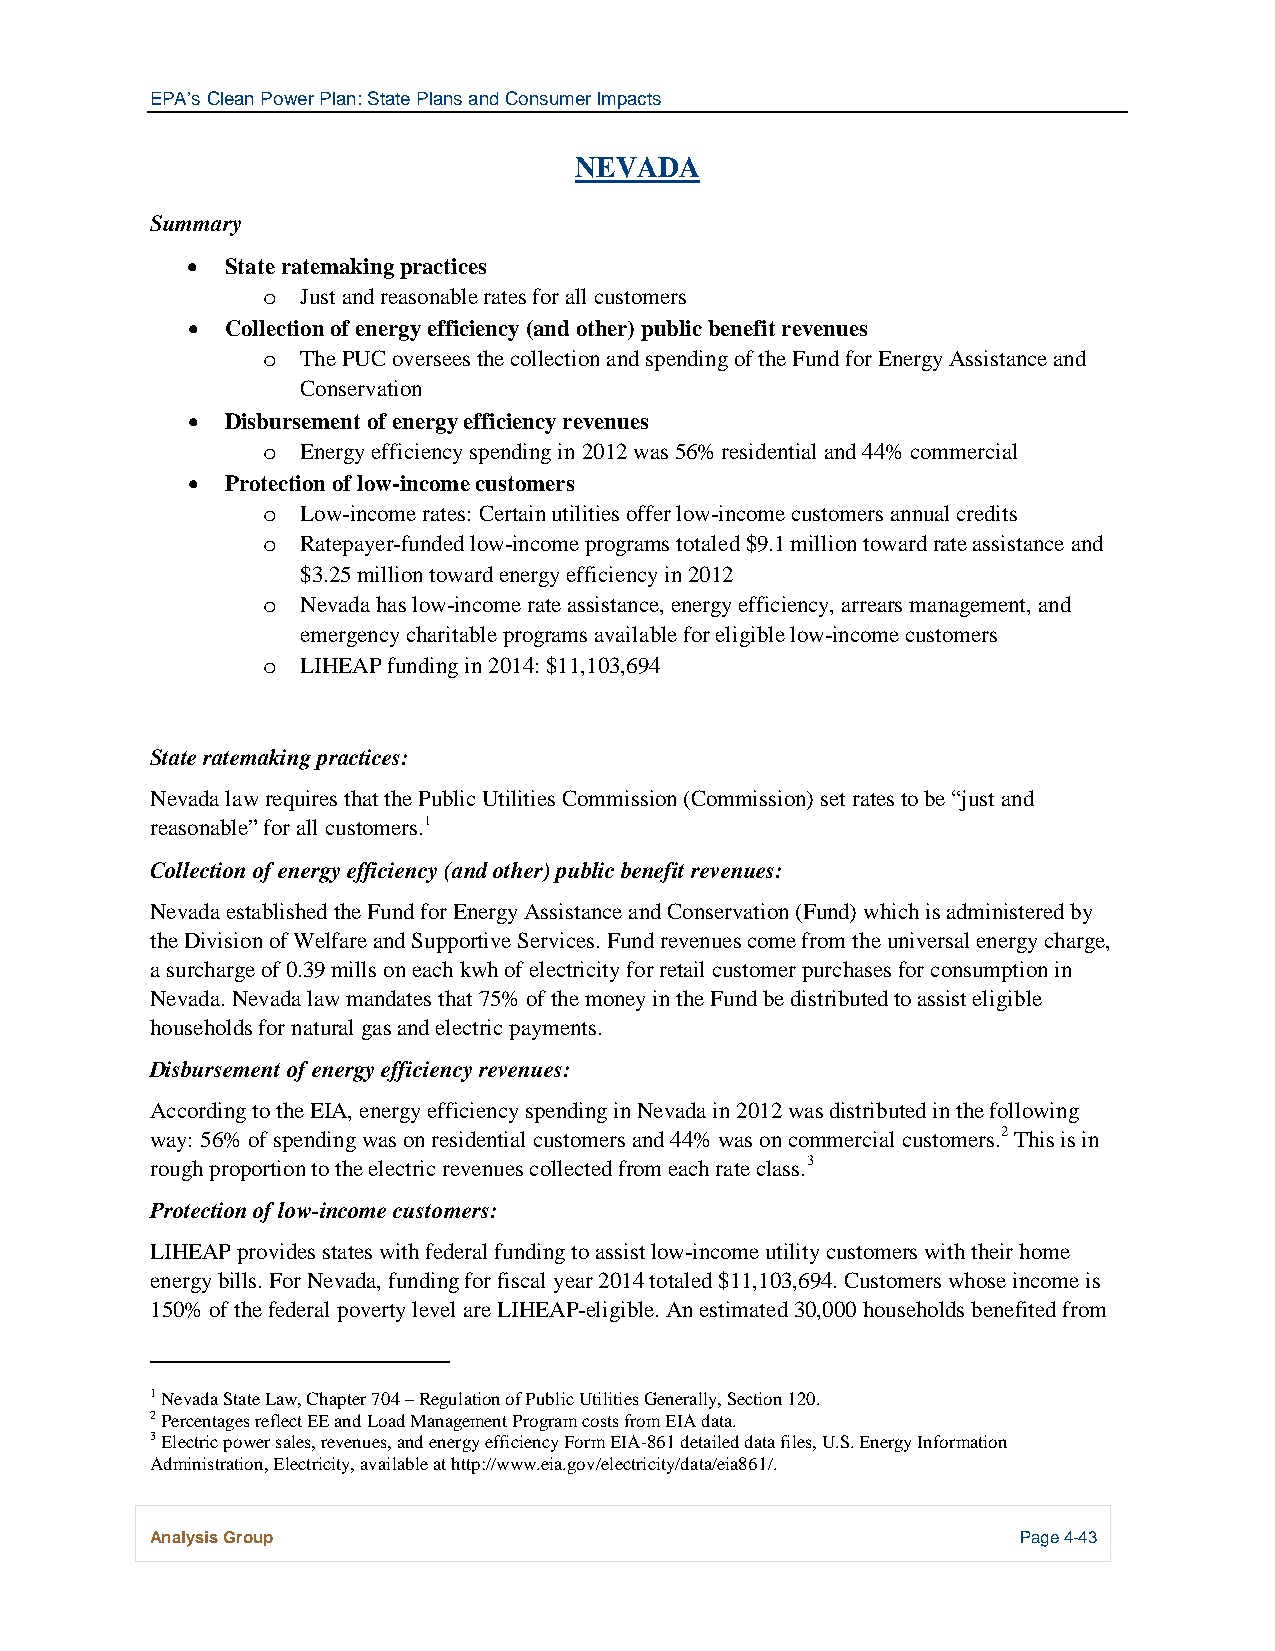
EPA’s Clean Power Plan: State Plans and Consumer Impacts
 NEVADA
 Summary
 •  State ratemaking practices
 Just and reasonable rates for all customers
 o
 •  Collection of energy efficiency (and other) public benefit revenues
 The PUC oversees the collection and spending of the Fund for Energy Assistance and
 o
 Conservation
 •  Disbursement of energy efficiency revenues
 Energy efficiency spending in 2012 was 56% residential and 44% commercial
 o
 •  Protection of low-income customers
 Low-income rates: Certain utilities offer low-income customers annual credits
 o
 Ratepayer-funded low-income programs totaled $9.1 million toward rate assistance and
 o
 $3.25 million toward energy efficiency in 2012
 Nevada has low-income rate assistance, energy efficiency, arrears management, and
 o
 emergency charitable programs available for eligible low-income customers
 LIHEAP funding in 2014: $11,103,694
 o
 State ratemaking practices:
 Nevada law requires that the Public Utilities Commission (Commission) set rates to be “just and
 reasonable” for all customers.1
 Collection of energy efficiency (and other) public benefit revenues:
 Nevada established the Fund for Energy Assistance and Conservation (Fund) which is administered by
 the Division of Welfare and Supportive Services. Fund revenues come from the universal energy charge,
 a surcharge of 0.39 mills on each kwh of electricity for retail customer purchases for consumption in
 Nevada. Nevada law mandates that 75% of the money in the Fund be distributed to assist eligible
 households for natural gas and electric payments.
 Disbursement of energy efficiency revenues:
 According to the EIA, energy efficiency spending in Nevada in 2012 was distributed in the following
 way: 56% of spending was on residential customers and 44% was on commercial customers.2 This is in
 rough proportion to the electric revenues collected from each rate class.3
 Protection of low-income customers:
 LIHEAP provides states with federal funding to assist low-income utility customers with their home
 energy bills. For Nevada, funding for fiscal year 2014 totaled $11,103,694. Customers whose income is
 150% of the federal poverty level are LIHEAP-eligible. An estimated 30,000 households benefited from
 1 Nevada State Law, Chapter 704 – Regulation of Public Utilities Generally, Section 120.
 2 Percentages reflect EE and Load Management Program costs from EIA data.
 3 Electric power sales, revenues, and energy efficiency Form EIA-861 detailed data files, U.S. Energy Information
 Administration, Electricity, available at http://www.eia.gov/electricity/data/eia861/.
 Analysis Group                                            Page 4-43